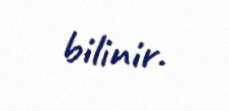
bilinir.